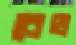
বেথ